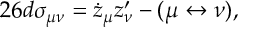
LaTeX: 2 6 d \sigma _ { \mu \nu } = \dot { z } _ { \mu } z _ { \nu } ^ { \prime } - ( \mu \leftrightarrow \nu ) ,